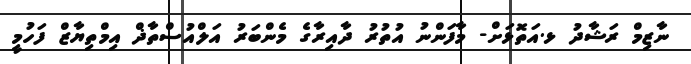
ނާޒިމް ރަޝާދު ޅ.އަތޮޅަށް- މާފަންނު އުތުރު ދާއިރާގެ މެންބަރު އަލްއުސްތާޛް އިމްތިޔާޒް ފަހުމީ